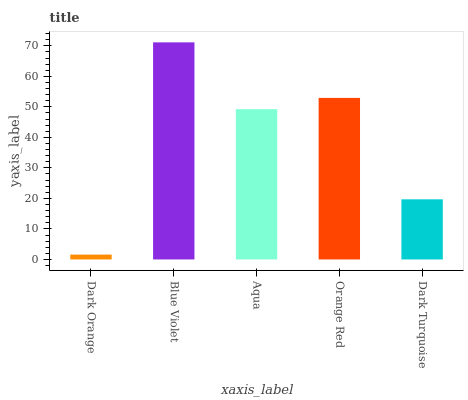
| xaxis_label | bars |
 | --- | --- |
 | Dark Orange | 1.6 |
 | Blue Violet | 71.1 |
 | Aqua | 49.2 |
 | Orange Red | 52.9 |
 | Dark Turquoise | 19.7 |